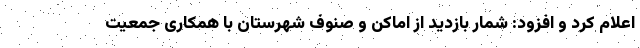
اعلام کرد و افزود: شمار بازدید از اماکن و صنوف شهرستان با همکاری جمعیت